Indian journal of veterinary science and animal husbandry - Volumes 18-21, 1948-1951
Year: 1948
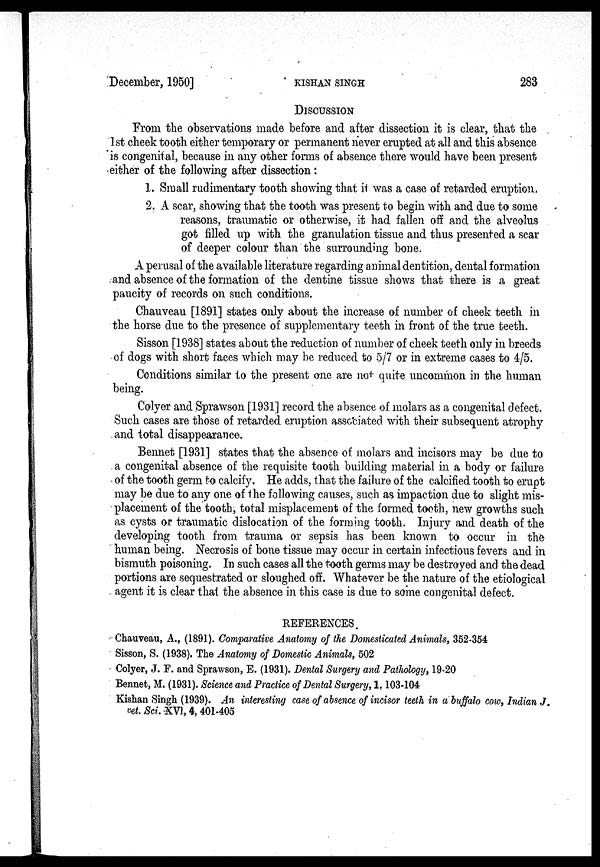
December, 1950]
KISHAN
SINGH
283
DISCUSSION
From the observations made before and after dissection it is clear, that the
1st cheek tooth either temporary or permanent never erupted at all and this absence
is congenital, because in any other forms of absence there would have been present
either of the following after dissection:
1. Small rudimentary tooth showing that it was a case of retarded eruption,
2. A scar, showing that the tooth was present to begin with and due to some
reasons, traumatic or otherwise, it had fallen off and the alveolus
got filled up with the granulation tissue and thus presented a scar
of deeper colour than the surrounding bone.
A perusal of the available literature regarding animal dentition, dental formation
and absence of the formation of the dentine tissue shows that there is a great
paucity of records on such conditions.
Chauveau [1891] states only about the increase of number of cheek teeth in
the horse due to the presence of supplementary teeth in front of the true teeth.
Sisson [1938] states about the reduction of number of cheek teeth only in breeds
of dogs with short faces which may be reduced to 5/7 or in extreme cases to 4/5.
Conditions similar to the present one are not quite uncommon in the human
being.
Colyer and Sprawson [1931] record the absence of molars as a congenital defect.
Such cases are those of retarded eruption associated with their subsequent atrophy
and total disappearance.
Bennet [1931] states that the absence of molars and incisors may be due to
a congenital absence of the requisite tooth building material in a body or failure
of the tooth germ to calcify. He adds, that the failure of the calcified tooth to erupt
may be due to any one of the following causes, such as impaction due to slight mis-
placement of the tooth, total misplacement of the formed tooth, new growths such
as cysts or traumatic dislocation of the forming tooth. Injury and death of the
developing tooth from trauma or sepsis has been known to occur in the
human being. Necrosis of bone tissue may occur in certain infectious fevers and in
bismuth poisoning. In such cases all the tooth germs may be destroyed and the dead
portions are sequestrated or sloughed off. Whatever be the nature of the etiological
agent it is clear that the absence in this case is due to some congenital defect.
REFERENCES
Chauveau, A., (1891). Comparative Anatomy of the Domesticated Animals, 352-354
Sisson, S. (1938). The Anatomy of Domestic Animals, 502
Colyer, J. F. and Sprawson, E. (1931). Dental Surgery and Pathology, 19-20
Bennet, M. (1931). Science and Practice of Dental Surgery, 1, 103-104
Kishan Singh (1939). An interesting case of absence of incisor teeth in a buffalo cow, Indian J.
vet. Sci. XVI, 4, 401-405